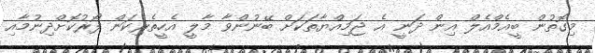
މިގޮތުން ބީއެމްއެލް އިން ދަނީ އެ ޖަމިއްޔާތަކަށް ބޭނުންވާ މާލީ އެހީތެރިކަން ފޯރުކޮށްދިނުމާއި